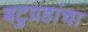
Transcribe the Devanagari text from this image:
बटुग्रहांचा